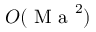
O ( \ensuremath { \mathrm { ~ M ~ a ~ } } ^ { 2 } )